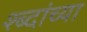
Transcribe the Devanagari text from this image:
श्ब्दांच्या